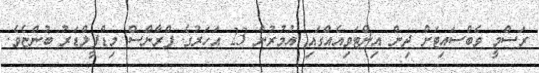
ރަސްމީ ވެބްސައިޓަށް ދިން އިންޓަވިއެއްގައި އުމުރުން 23 އަހަރުގެ ފްރާންސް މިޑްފީލްޑަރު ބުންޏެވެ.